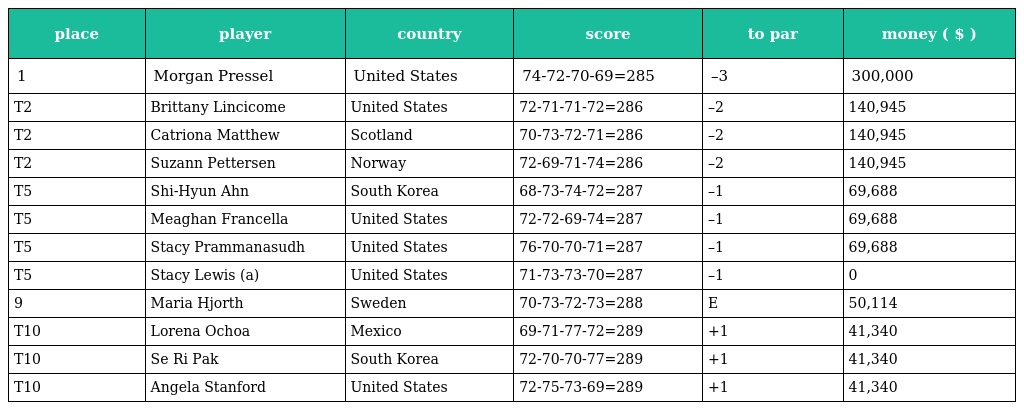
| place | player | country | score | to par | money ( $ ) |
 | --- | --- | --- | --- | --- | --- |
 | 1 | Morgan Pressel | United States | 74-72-70-69=285 | –3 | 300,000 |
 | T2 | Brittany Lincicome | United States | 72-71-71-72=286 | –2 | 140,945 |
 | T2 | Catriona Matthew | Scotland | 70-73-72-71=286 | –2 | 140,945 |
 | T2 | Suzann Pettersen | Norway | 72-69-71-74=286 | –2 | 140,945 |
 | T5 | Shi-Hyun Ahn | South Korea | 68-73-74-72=287 | –1 | 69,688 |
 | T5 | Meaghan Francella | United States | 72-72-69-74=287 | –1 | 69,688 |
 | T5 | Stacy Prammanasudh | United States | 76-70-70-71=287 | –1 | 69,688 |
 | T5 | Stacy Lewis (a) | United States | 71-73-73-70=287 | –1 | 0 |
 | 9 | Maria Hjorth | Sweden | 70-73-72-73=288 | E | 50,114 |
 | T10 | Lorena Ochoa | Mexico | 69-71-77-72=289 | +1 | 41,340 |
 | T10 | Se Ri Pak | South Korea | 72-70-70-77=289 | +1 | 41,340 |
 | T10 | Angela Stanford | United States | 72-75-73-69=289 | +1 | 41,340 |